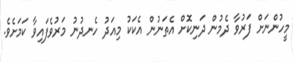
މީހުންނަށް ފަރުވާ ދެމުން ދަނިކޮށް އެތަނުން އެކަކު މިއަދު ހެނދުނު މަރުވެފައިވާ ކަމަށެވެ.